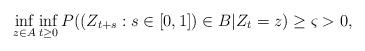
LaTeX: \begin{align*}\inf\limits_{z \in A} \inf\limits_{t \geq 0} P(( Z_{t+s} : s \in[0,1]) \in B|Z_t=z) \geq \varsigma > 0,\end{align*}